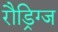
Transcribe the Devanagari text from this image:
रौड्रिग्ज